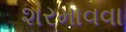
શરમાવવા